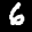
Label: 6